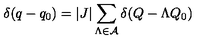
\delta ( q - q _ { 0 } ) = \vert J \vert \sum _ { \Lambda \in { \cal A } } \delta ( Q - \Lambda Q _ { 0 } )